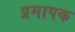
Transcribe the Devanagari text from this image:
प्रमापक